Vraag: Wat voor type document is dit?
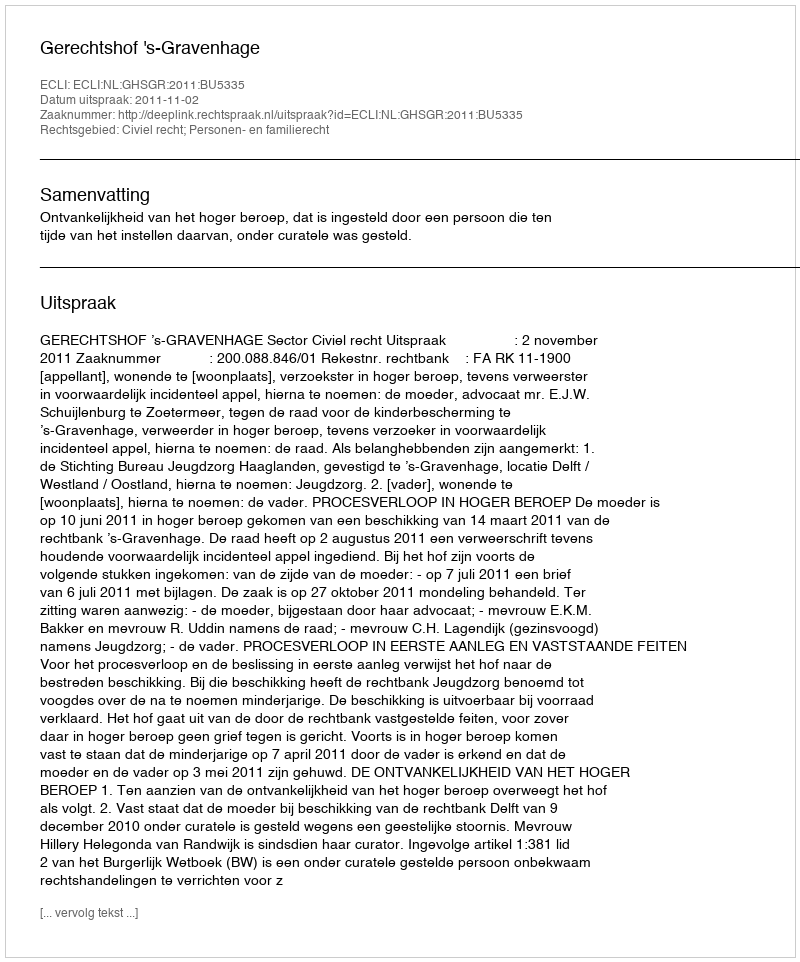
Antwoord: Uitspraak